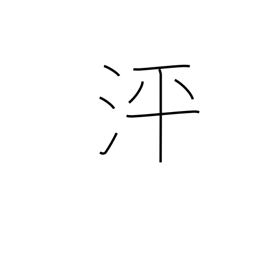
Meaning: surging water